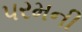
પરમની